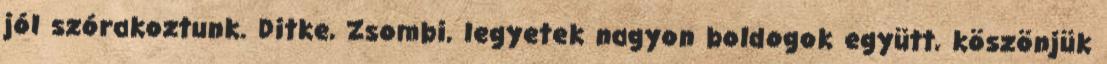
jól szórakoztunk. Ditke, Zsombi, legyetek nagyon boldogok együtt, köszönjük